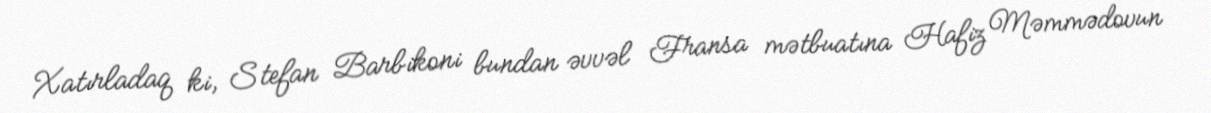
Xatırladaq ki, Stefan Barbikoni bundan əvvəl Fransa mətbuatına Hafiz Məmmədovun